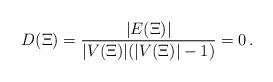
LaTeX: \begin{align*}D(\Xi)=\frac{|E(\Xi)|}{|V(\Xi)|(|V(\Xi)|-1)}=0\,.\qquad\end{align*}